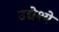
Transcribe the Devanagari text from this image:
उद्येश्ये